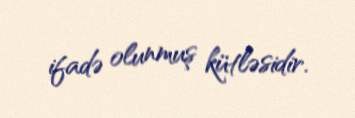
ifadə olunmuş kütləsidir.